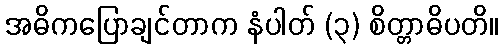
အဓိကပြောချင်တာက နံပါတ် (၃) စိတ္တာဓိပတိ။